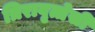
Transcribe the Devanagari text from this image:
त्रिरावृत्तेसी